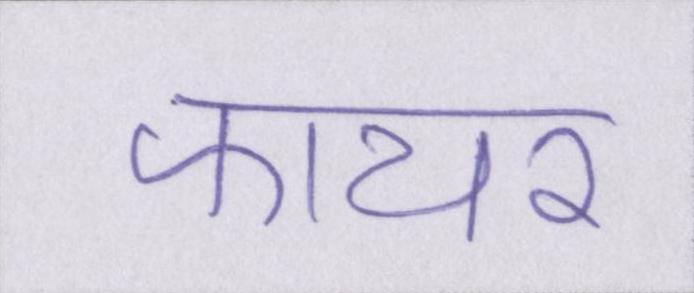
फायर